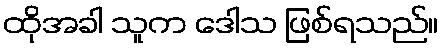
ထိုအခါ သူက ဒေါသ ဖြစ်ရသည်။